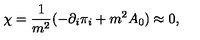
\chi = \frac { 1 } { m ^ { 2 } } ( - \partial _ { i } \pi _ { i } + m ^ { 2 } A _ { 0 } ) \approx 0 ,